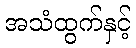
အသံထွက်နှင့်